Leaving Certificate Examination (including Day School Certificate (Higher) General paper), 1933
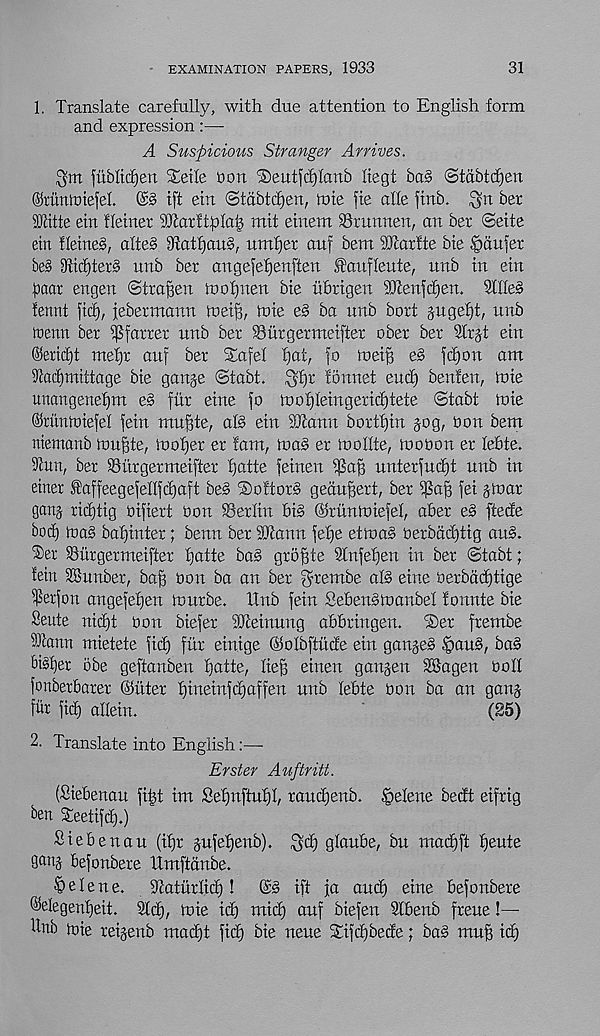
EXAMINATION PAPERS, 1933
31
1. Translate carefully, with due attention to English form
and expression
A Suspicious Stranger Arrives.
fublicf)ett %e\le turn i£)eutfc£)lanb ftegt ba§ ©tdbtc^en
©runmiefeL
tft ein ©tdbtdjen, tote fie alle ftnb. ^rt ber
iOlitte ein ffeiner iOtarftfila^ mit etnent iBrunnen, on ber ©eite
ein fletne§, alte§ 3tatf)au§ ; nmfier auf bent 33corfte bte .Saufer
be§ 9hcf)ter3 unb ber ongefefjenften fanffeute, nnb in etn
pear engen ©traffen roofjtten bte hbrtgen 33cenfd)en. 9fIIe§
fennt fid), iebermann foet^, hue e§ bo unb bort jugefft, unb
trenn ber iPforrer unb ber SBurgermeifter ober ber 3frjt etn
©eridjt ntefjr ouf ber Sr of el fjat, fo tnetB e§ fd)on am
Stadjmtttage bte ganje @tabt. ^f)r fonnet end) benfen, tote
unangenefjnt e§ fur etne fo toof)leingeric£)tete ©tabt toie
©ritntntefef fetn muftte, ol§ etn tOtanu bortfjin jog, oon bem
niemonb innate, iuofjer er fam, toaS er luollte, toobon er lebte.
Sfun, ber ©itrgermetfter f)atte fetnen ifJa'i) unterfud)t unb in
einer toffeegefenfd)aft be§ ©oftorS gedu^ert, ber i]$af3 fet jlnar
ganj ridftig bifiert bon Berlin bt§ ©runintefel, after e§ ftede
bod) maS bcHinter; benn ber 9Eonn fel)e ettoa§ berbdd)tig ou§.
®er ihurgermeifter f)otte bo§ gro^te Sfnfefjen in ber ©tabt;
fein SBunber, baft bon bo on ber fjrembe oI§ eine berbdd)tige
$erfon angefefjen tourbe. Itnb fetn SebenStoanbel fonnte bie
Sente nid)t bon biefer SJteinung oBBringen. S)er frembe
331ann mietete fid) fur einige ©olbfttide ein gonje§ §ou§, ba§
bt§f)er obe geftonben fjotte, lief) einen ganjen SBagen boh
fonberbarer ©liter f)ineinfd)offen unb febte bon bo on gang
fur fid) aflein.
(S5)
2. Translate into English:—■
Erster Auftritt.
(Siebenou fitjt im Sefjnftuf)!, roudjenb. Selene bedt eifrig
ben Steetifd).)
Siebenou (ifjr jufefjenb). $cf) gloube, bu mod)ft f)eute
ganj befonbere tlmftdnbe.
Helene.
Tcotitrlid)!
©3 iff jo ouct) eine befonbere
®elegenf)eit. Sid), toie id) mid) ouf biefen Sfbenb freue !—
dnb toie reijenb mod)t fid) bie neue Stifcfibede; bo3 mu^ id)